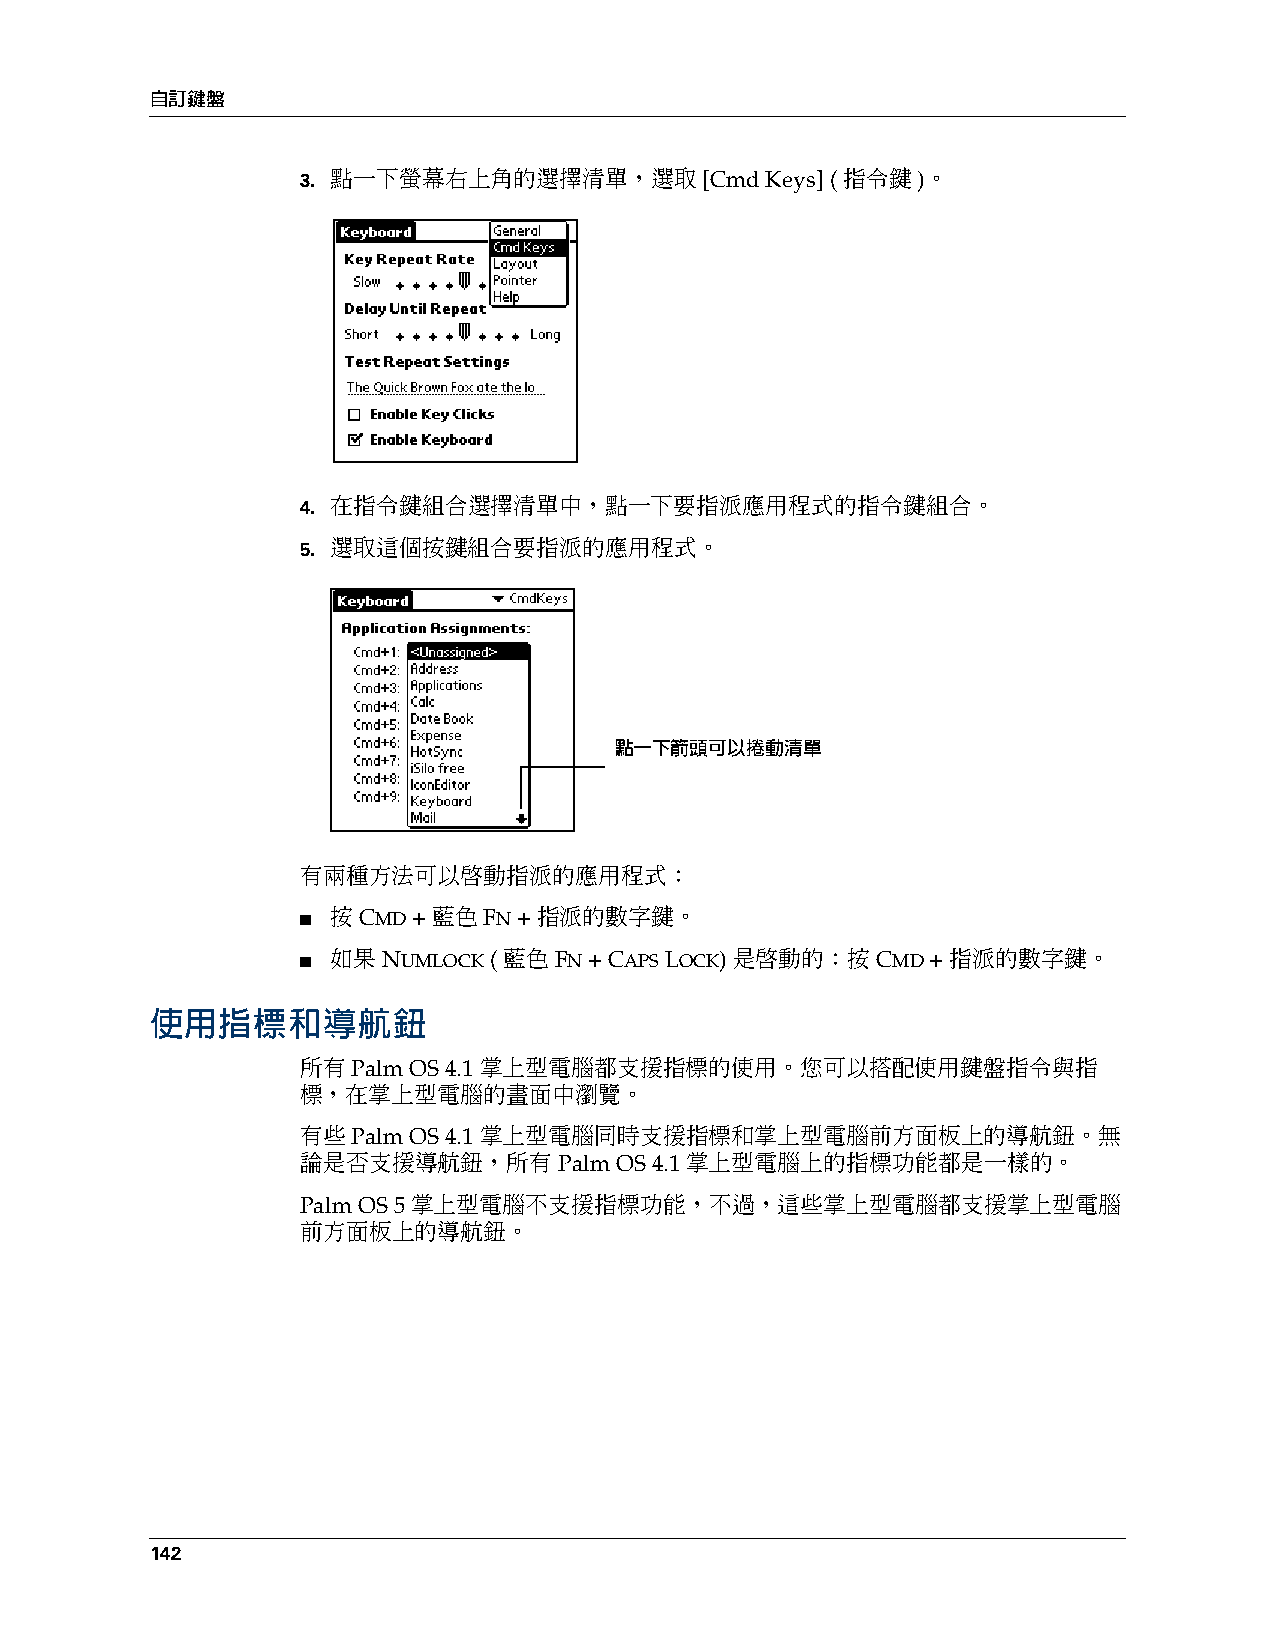
自訂鍵盤
 3. 點一下螢幕右上角的選擇清單，選取        [Cmd Keys] (指令鍵)。
 4. 在指令鍵組合選擇清單中，點一下要指派應用程式的指令鍵組合。
 5. 選取這個按鍵組合要指派的應用程式。
 點一下箭頭可以捲動清單
 有兩種方法可以啟動指派的應用程式：
 ■ 按 CMD + 藍色 FN + 指派的數字鍵。
 ■ 如果 NUMLOCK (藍色 FN + CAPS LOCK) 是啟動的：按 CMD + 指派的數字鍵。
 使用指標和導航鈕
 所有 Palm OS 4.1 掌上型電腦都支援指標的使用。您可以搭配使用鍵盤指令與指
 標，在掌上型電腦的畫面中瀏覽。
 有些 Palm OS 4.1 掌上型電腦同時支援指標和掌上型電腦前方面板上的導航鈕。無
 論是否支援導航鈕，所有      Palm OS 4.1 掌上型電腦上的指標功能都是一樣的。
 Palm OS 5 掌上型電腦不支援指標功能，不過，這些掌上型電腦都支援掌上型電腦
 前方面板上的導航鈕。
 142